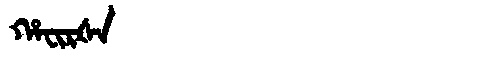
Manchu: ᡥᠠᠸᡳᡵᡧᠠ
Romanization: HAFIRŠA